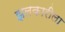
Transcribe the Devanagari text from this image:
झलकारीला